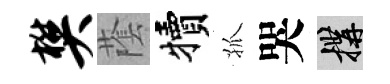
樊䕃犢孤哭構